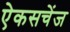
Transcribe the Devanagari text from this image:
ऐकसचेंज